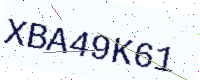
Text: XBA49K61